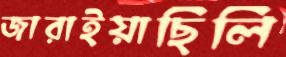
জারাইয়াছিলি